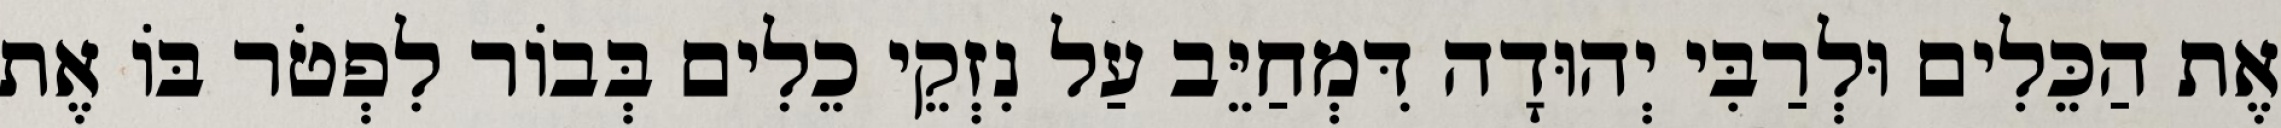
אֶת הַכֵּלִים וּלְרַבִּי יְהוּדָה דִּמְחַיֵּב עַל נִזְקֵי כֵלִים בְּבוֹר לִפְטֹר בּוֹ אֶת